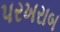
પરખરાબ